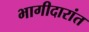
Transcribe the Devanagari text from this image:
भागीदारांत